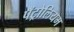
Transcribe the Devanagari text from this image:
पॅट्रोलियम